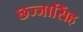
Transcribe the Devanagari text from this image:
छज्जासिंह